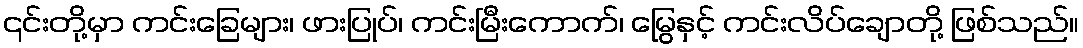
၎င်းတို့မှာ ကင်းခြေများ၊ ဖားပြုပ်၊ ကင်းမြီးကောက်၊ မြွေနှင့် ကင်းလိပ်ချောတို့ ဖြစ်သည်။